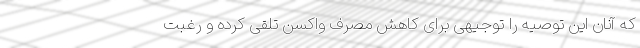
که آنان این توصیه را توجیهی برای کاهش مصرف واکسن تلقی کرده و رغبت